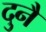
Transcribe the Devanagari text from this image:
दुनै